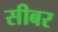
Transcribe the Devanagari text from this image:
सीबर